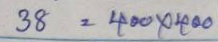
38 = 400 x 400